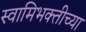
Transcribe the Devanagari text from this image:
स्वामिभक्तीच्या